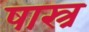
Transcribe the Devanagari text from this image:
षास्त्र